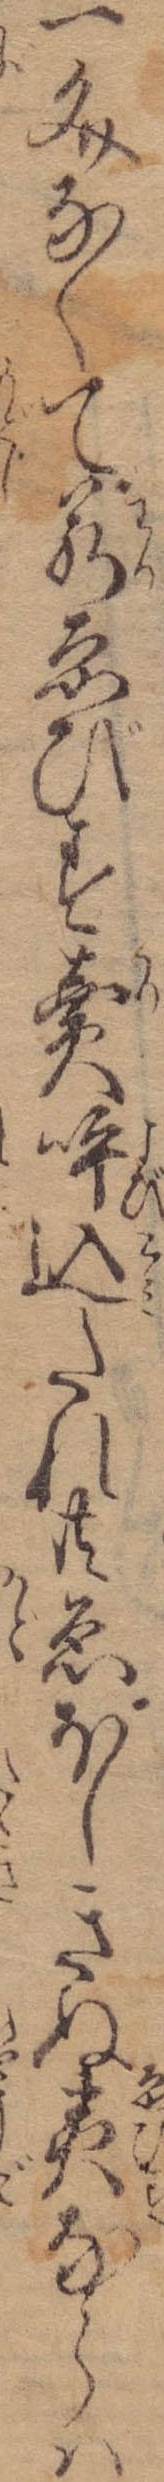
一文なくて若ゑびす売呼込たれ共ゑほしきぬ夷ならは